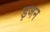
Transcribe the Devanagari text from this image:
ड़जन